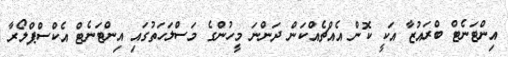
އިންޓަނެޓް ބްރައުޒާ އަކީ ކޮން އެއްޗެއްކަން ދަންނަ މީހުންގެ މަސްލަހަތުގައި އިންޓަނެޓް އެކްސްޕްލޯރާ